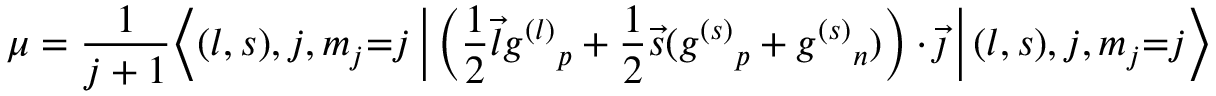
\mu = { \frac { 1 } { j + 1 } } { \Bigl \langle } ( l , s ) , j , m _ { j } { = } j \, { \Bigr | } \left( { \frac { 1 } { 2 } } { \vec { l } } { g ^ { ( l ) } } _ { p } + { \frac { 1 } { 2 } } { \vec { s } } ( { g ^ { ( s ) } } _ { p } + { g ^ { ( s ) } } _ { n } ) \right) \cdot { \vec { \jmath } } \, { \Bigl | } \, ( l , s ) , j , m _ { j } { = } j { \Bigr \rangle }